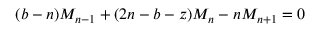
( b - n ) M _ { n - 1 } + ( 2 n - b - z ) M _ { n } - n M _ { n + 1 } = 0